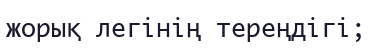
жорық легінің тереңдігі;